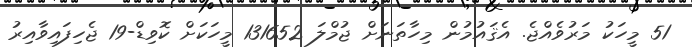
51 މީހަކު މަރުވެއްޖެ. އެޤައުމުން މިހާތަނަށް ޖުމްލަ 131652 މީހަކަށް ކޮވިޑް-19 ޖެހިފައިވާއިރު